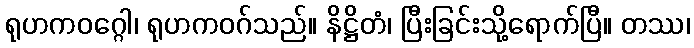
ရုဟကဝဂ္ဂေါ၊ ရုဟကဝဂ်သည်။ နိဋ္ဌိတံ၊ ပြီးခြင်းသို့ရောက်ပြီ။ တဿ၊